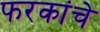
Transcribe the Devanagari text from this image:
फरकांचे